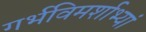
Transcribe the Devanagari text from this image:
गर्भविमर्शाभ्यां